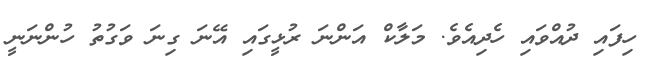
ހިފައި ދުއްވައި ހެދިއެވެ. މަލާކް އަންނަ ރުޅީގައި އޭނަ ގިނަ ވަގުތު ހުންނަނީ